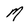
Character: M